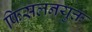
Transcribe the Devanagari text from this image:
फिसलनयुक्त